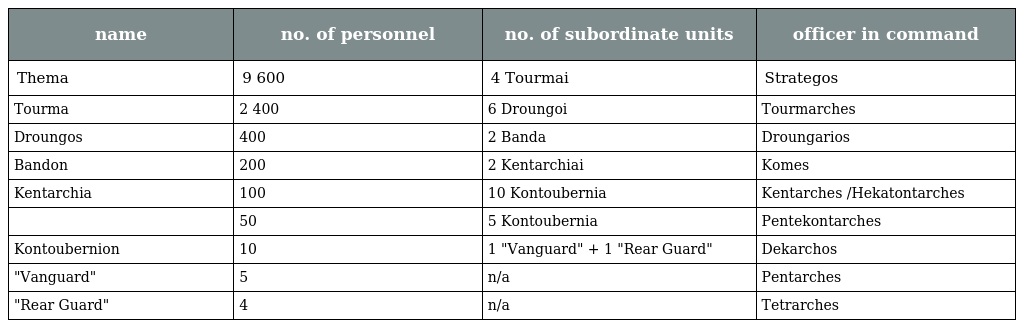
| name | no. of personnel | no. of subordinate units | officer in command |
 | --- | --- | --- | --- |
 | Thema | 9 600 | 4 Tourmai | Strategos |
 | Tourma | 2 400 | 6 Droungoi | Tourmarches |
 | Droungos | 400 | 2 Banda | Droungarios |
 | Bandon | 200 | 2 Kentarchiai | Komes |
 | Kentarchia | 100 | 10 Kontoubernia | Kentarches /Hekatontarches |
 |  | 50 | 5 Kontoubernia | Pentekontarches |
 | Kontoubernion | 10 | 1 "Vanguard" + 1 "Rear Guard" | Dekarchos |
 | "Vanguard" | 5 | n/a | Pentarches |
 | "Rear Guard" | 4 | n/a | Tetrarches |